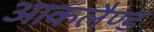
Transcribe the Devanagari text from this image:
आकलैण्ड